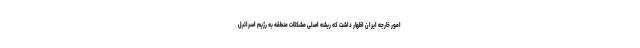
امور خارجه ایران اظهار داشت که ریشه اصلی مشکلات منطقه به رژیم اسرائیل